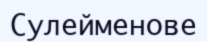
Сулейменове